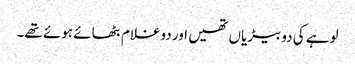
لوہے کی دو بیڑیاں تھیں اور دوغلام بٹھائے ہوئے تھے۔